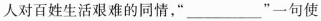
人对百姓生活艰难的同情，“___”一句使